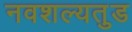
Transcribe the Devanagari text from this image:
नवशल्यतुड